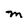
Character: M